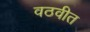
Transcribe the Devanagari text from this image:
वठवीत